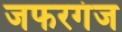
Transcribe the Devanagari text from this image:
जफरगंज